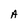
Character: A